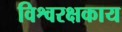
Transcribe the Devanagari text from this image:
विश्वरक्षकाय